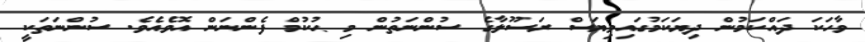
ވާހަކަ ދައްކަމުން ދިޔަކަމުގައިވިޔަސް ރަސޫލާގެ ސުންނަތުން މި ޙުކުމް ފެންނަން އޮވެއެވެ. ސުންނަތަކީ